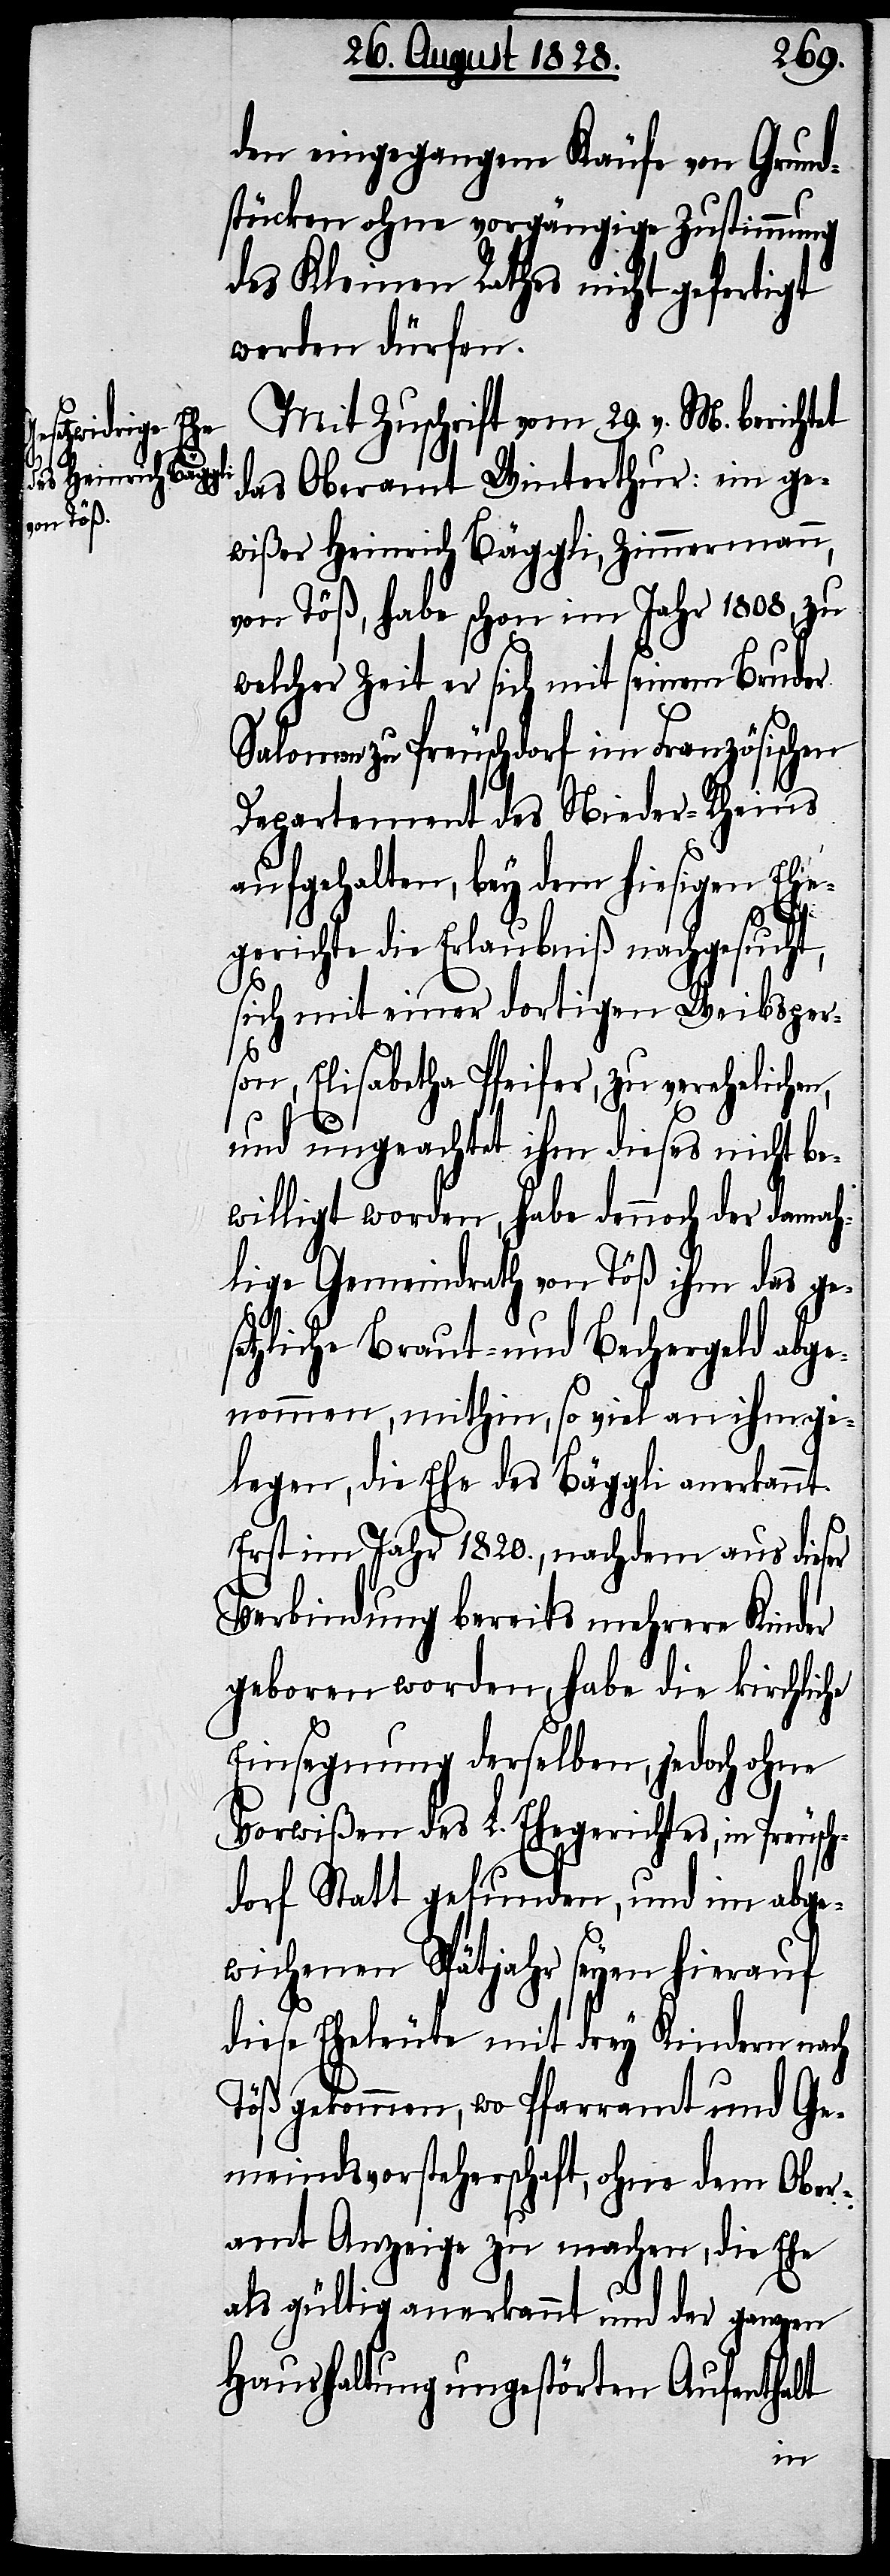
den eingegangene Käufe von Grund¬
stücken ohne vorgängige Zustimmung
des Kleinen Rathes nicht gefertigt
werden dürfen.
Mit Zuschrift vom 29. v. M. berichtet
das Oberamt Winterthur: ein ge¬
wißer Heinrich Bäggli, Zimmermann,
von Töß, habe schon im Jahr 1808, zu
welcher Zeit er sich mit seinem Bruder
Salomon zu Preuschdorf im Französischen
Departement des Nieder-Rheins
aufgehalten, bey dem hiesigen Ehe¬
gerichte die Erlaubniß nachgesucht,
sich mit einer dortigen Weibsper¬
son, Elisabetha Pfeifer, zu verehelichen,
und ungeachtet ihm dieses nicht be¬
willigt worden, habe dennoch der damah¬
lige Gemeindrath von Töß ihm das ge¬
setzliche Braut- und Bechergeld abge¬
nommen, mithin, so viel an ihm ge¬
legen, die Ehe des Bäggli anerkannt.
Erst im Jahr 1820., nachdem aus dieser
Verbindung bereits mehrere Kinder
geboren worden, habe die kirchliche
Einsegnung derselben, jedoch ohne
Vorwißen des L. Ehegerichtes, in Preusch¬
dorf Statt gefunden, und im abge¬
wichenen Spätjahr seyen hierauf
diese Eheleute mit drey Kindern nach
Töß gekommen, wo Pfarramt und Ge¬
meindsvorsteherschaft, ohne dem Ober¬
amt Anzeige zu machen, die Ehe
als gültig anerkannt und der ganzen
Haushaltung ungestörten Aufenthalt